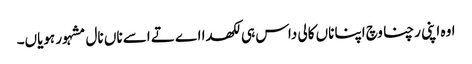
اوہ اپنی رچنا وچ اپنا ناں کالی داس ہی لکھدا اے تے اسے ناں نال مشہور ہویاں۔